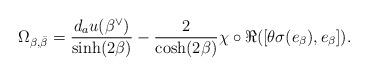
LaTeX: \begin{align*}\Omega_{\beta,\bar{\beta}}&= \frac{d_au(\beta^{\vee})}{\sinh(2\beta)} -\frac{2}{\cosh(2\beta)}\chi\circ\Re([\theta\sigma(e_{\beta}),e_{\beta}]).\end{align*}